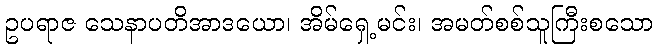
ဥပရာဇ သေနာပတိအာဒယော၊ အိမ်ရှေ့မင်း၊ အမတ်စစ်သူကြီးစသော